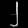
Digit: ၂